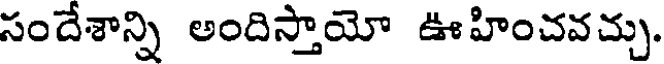
సందేశాన్ని అందిస్తాయో ఊహించవచ్చు.